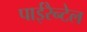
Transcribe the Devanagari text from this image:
पाईरैन्टेल